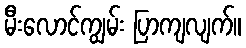
မီးလောင်ကျွမ်း ပြာကျလျက်။